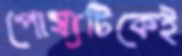
পোষ্যটিকেই